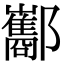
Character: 酅